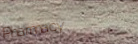
Pharmacy